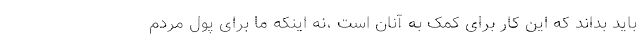
باید بداند که این کار برای کمک به آنان است ،نه اینکه ما برای پول مردم